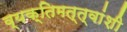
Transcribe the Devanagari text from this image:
व्यक्तिमत्त्वांशी